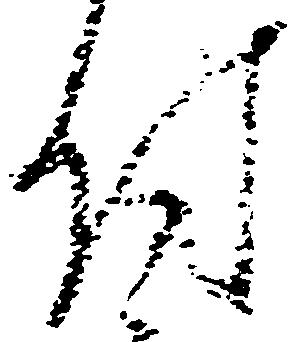
付